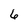
Character: 6